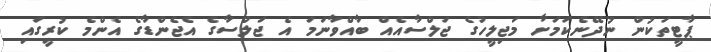
ޕާޓީތަކުން ނުދޭނެކަމަށާ މަޖިލީހުގެ ޖަލްސާއެއް ބާއްވާނަމަ އެ ޖަލްސާގެ އެޖެންޑާގެ އެންމެ ކުރީގައި